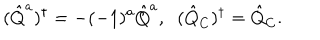
( \hat { Q } ^ { a } ) ^ { \dagger } = - ( - 1 ) ^ { a } \hat { Q } ^ { a } , \; \; ( \hat { Q } _ { C } ) ^ { \dagger } = \hat { Q } _ { C } .